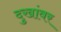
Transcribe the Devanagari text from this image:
दुखांवर